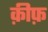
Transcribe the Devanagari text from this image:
क़ीफ़